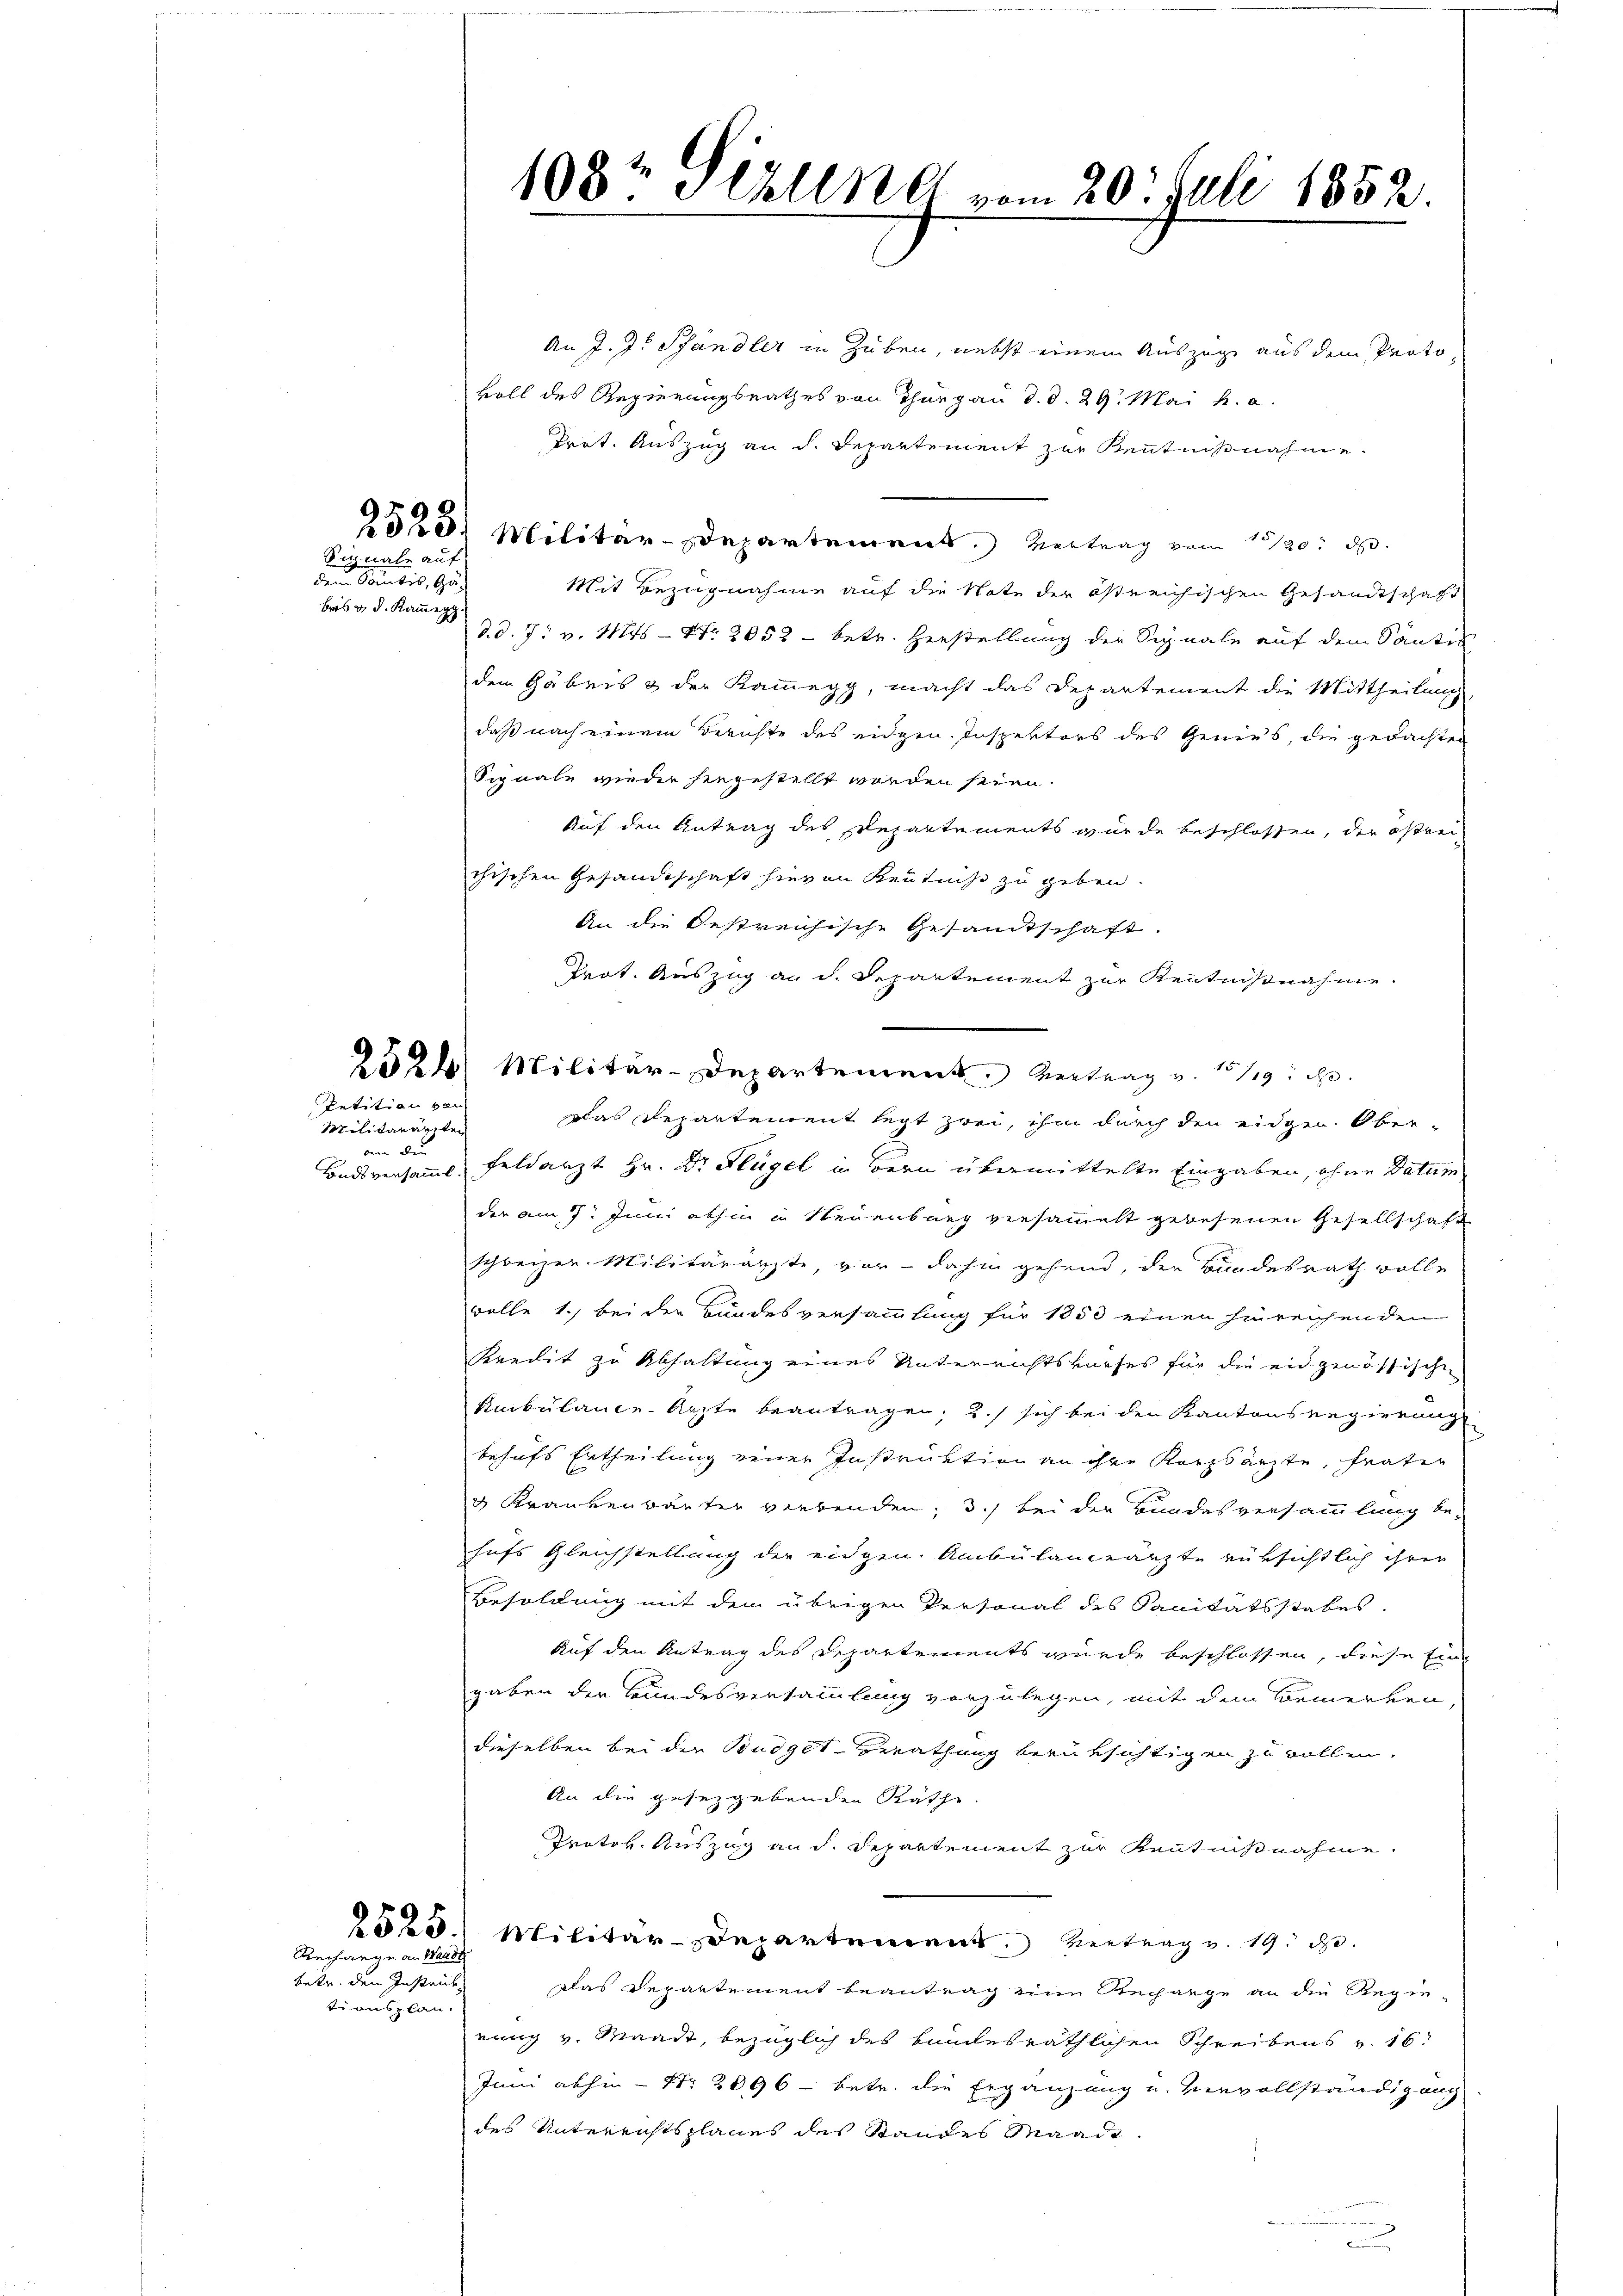
2523.
Signale auf
dem Somitis, Gäs
bris u. d. Kammeng

Petition von
Militärariten

an der

2525.
Rechange an Waadt

vetr. den Instruk
ti ausplan.

108te Schling vom 20. Juli 1852.

An J. J. Pfändler in Zuben, nebst einem Auszüge aus dem Proto
koll des Regierungsrathes von Thurgau d. d. 29. Mai h. a.
Trät. Auszug an d. Departement zur Kenntnißnahme
Militär-Departement.) Vertrag vom 20. d.
Mit Bezugnahme auf die Note der östreichischen Gesandtschaft
d. d. J. v. Mts - Nr. 2052 - betr. Herstellung der Signale auf dem Santis
dem Gäbris & der Kammegg, macht das Departement die Mittheilung,
daß nach einem Berichte des eidgen. Inspektors des Genies, die gedachten
Signale wieder hingestellt worden seien.
Auf den Antrag des Departements wurde beschlossen, der östrei-
chischen Gesandtschaft hievon Kenntniß zu geben.
An die Oestreichische Gesandtschaft.
Trat. Auszug an d. Departement zur Kenntnißnahme
2524. Militär-Departement Vertrag u. 1119. d.
das Departement legt zwei, ihm durch den eidgen. Ober-
Badsversammt Feldarzt Hr. Dr. Flügel in Bern übermittelte Eingaben, ohne Datum
der am 7. Juni abhin in Neuenburg versammelt gewesenen Gesellschaft
schweizer. Militärärzte, vor - dahin gehend, der Bundesrath volle
wolle 1., bei der Bundesversammlung für 1850 einen hinreichenden
Kredit zu Abhaltung eines Unterrichtskurses für die eidgenössische
Ambülance-Arzte beantragen; 2.) sich bei den Kantonsregierung
behufs Ertheilung einer Instruktion an ihre Korpsärzte, frater
3 Krankenbauter verbenden; 3.) bei der Bundesversammlung be-
hufs Gleichstellung der eidgen. Ambülanceärzte rüksichtlich ihrer
Besoldung mit dem übrigen Personal des Sanitätsstabes.
Auf den Antrag des Departements wurde beschlossen, diese Ein
gaben der Bundesversammlung vorzulegen, mit dem Bemerken,
dieselben bei der Budget-Berathung berüksichtigen zu wollen,
An die gesetzgebenden Rathe
Protok. Auszug and. Departement zur Kenntnißnahme.
Militär-Departement. Vertrag v. 19. d.
das Departement beantrag zum Rechange an die Regie-
rung v. Waadt, bezüglich des kundesräthlichen Schreibens v. 16.
Juni abhin - Nr. 2096 - betr. die Ergänzung u. vervollständigung
des Unterrichtsplanes des Standes Waadt
u
c